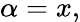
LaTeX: \alpha=x,